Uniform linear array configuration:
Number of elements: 8
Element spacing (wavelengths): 1
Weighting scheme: cosine
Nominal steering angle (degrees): -60
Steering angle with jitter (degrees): -61.945
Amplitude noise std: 0.05
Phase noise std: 0.05

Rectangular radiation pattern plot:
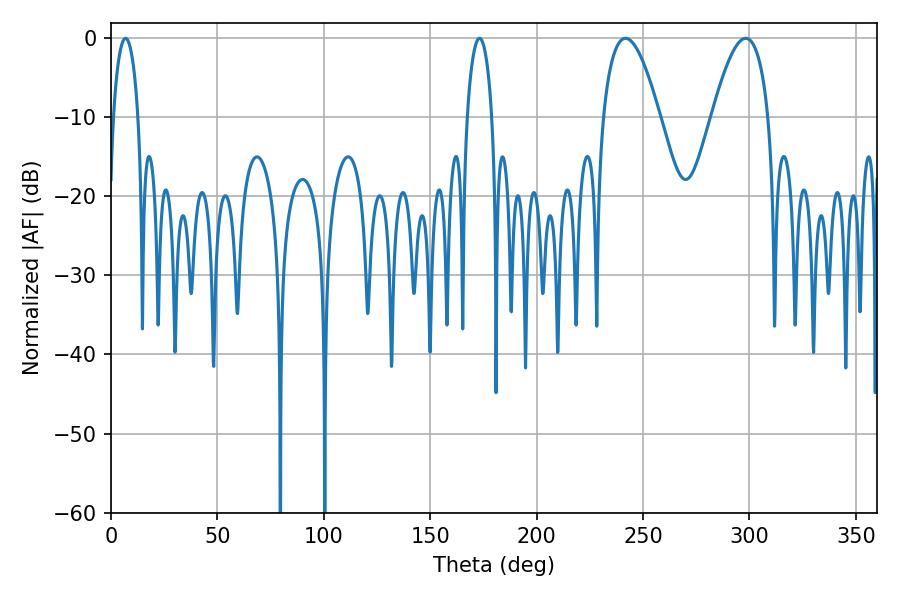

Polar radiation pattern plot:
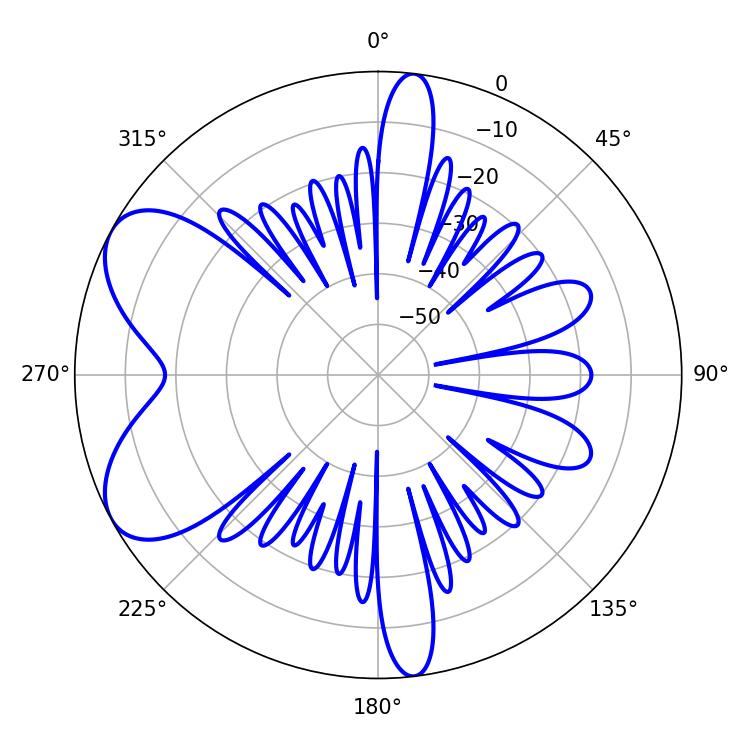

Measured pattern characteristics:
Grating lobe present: TRUE
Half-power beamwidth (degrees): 6.66
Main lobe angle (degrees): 173.16